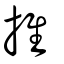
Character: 推